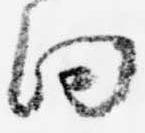
向